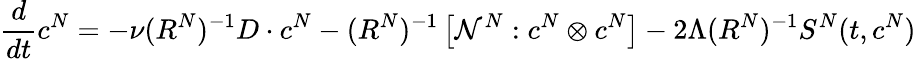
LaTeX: \frac{d}{dt}c^{N}=-\nu(R^{N})^{-1}D\cdot c^{N}-(R^{N})^{-1}\left[\mathcal{N}^{N}:c^{N}\otimes c^{N}\right]-2\Lambda(R^{N})^{-1}S^{N}(t,c^{N})